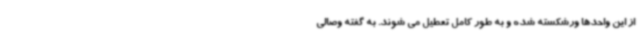
از این واحدها ورشکسته شده و به طور کامل تعطیل می شوند. به گفته وصالی